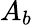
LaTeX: A_{b}